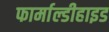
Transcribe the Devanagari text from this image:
फार्माल्डीहाइड